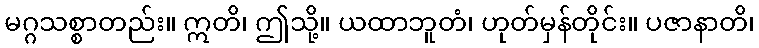
မဂ္ဂသစ္စာတည်း။ ဣတိ၊ ဤသို့။ ယထာဘူတံ၊ ဟုတ်မှန်တိုင်း။ ပဇာနာတိ၊